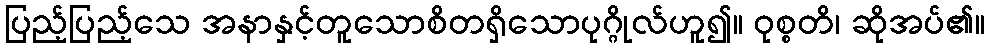
ပြည့်ပြည့်သေ အနာနှင့်တူသောစိတရှိသောပုဂ္ဂိုလ်ဟူ၍။ ဝုစ္စတိ၊ ဆိုအပ်၏။